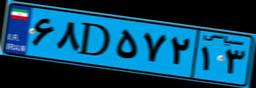
۴۴D۲۵۶۸۹